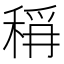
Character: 𮃎